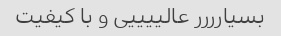
بسیارررر عالییییی و با کیفیت